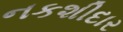
નકશીદાર